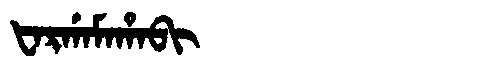
Manchu: ᡶᠠᡵᡤᠠᠮᠠᡥᠠᠪᡳ
Romanization: FARGAMAHABI